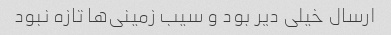
ارسال خیلی دیر بود و سیب زمینی‌ها تازه نبود